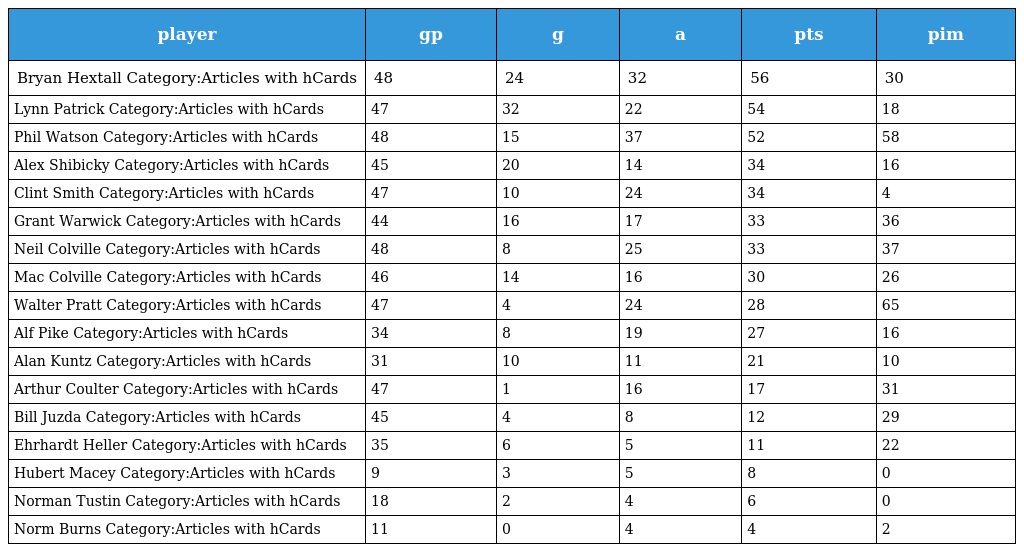
| player | gp | g | a | pts | pim |
 | --- | --- | --- | --- | --- | --- |
 | Bryan Hextall Category:Articles with hCards | 48 | 24 | 32 | 56 | 30 |
 | Lynn Patrick Category:Articles with hCards | 47 | 32 | 22 | 54 | 18 |
 | Phil Watson Category:Articles with hCards | 48 | 15 | 37 | 52 | 58 |
 | Alex Shibicky Category:Articles with hCards | 45 | 20 | 14 | 34 | 16 |
 | Clint Smith Category:Articles with hCards | 47 | 10 | 24 | 34 | 4 |
 | Grant Warwick Category:Articles with hCards | 44 | 16 | 17 | 33 | 36 |
 | Neil Colville Category:Articles with hCards | 48 | 8 | 25 | 33 | 37 |
 | Mac Colville Category:Articles with hCards | 46 | 14 | 16 | 30 | 26 |
 | Walter Pratt Category:Articles with hCards | 47 | 4 | 24 | 28 | 65 |
 | Alf Pike Category:Articles with hCards | 34 | 8 | 19 | 27 | 16 |
 | Alan Kuntz Category:Articles with hCards | 31 | 10 | 11 | 21 | 10 |
 | Arthur Coulter Category:Articles with hCards | 47 | 1 | 16 | 17 | 31 |
 | Bill Juzda Category:Articles with hCards | 45 | 4 | 8 | 12 | 29 |
 | Ehrhardt Heller Category:Articles with hCards | 35 | 6 | 5 | 11 | 22 |
 | Hubert Macey Category:Articles with hCards | 9 | 3 | 5 | 8 | 0 |
 | Norman Tustin Category:Articles with hCards | 18 | 2 | 4 | 6 | 0 |
 | Norm Burns Category:Articles with hCards | 11 | 0 | 4 | 4 | 2 |